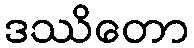
ဒဿိတော